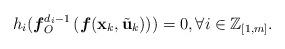
LaTeX: \begin{align*}h_i(\boldsymbol{f}_O^{d_i-1}\left(\boldsymbol{f}(\mathbf{x}_k,\tilde{\mathbf{u}}_k)\right))=0,\forall i\in\mathbb{Z}_{[1,m]}.\end{align*}